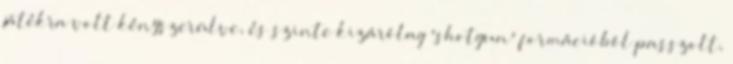
játékra volt kényszerülve, és szinte kizárólag 'shotgun' formációból passzolt,